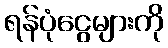
ရန်ပုံငွေများကို